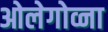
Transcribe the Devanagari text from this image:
ओलेगोव्ना